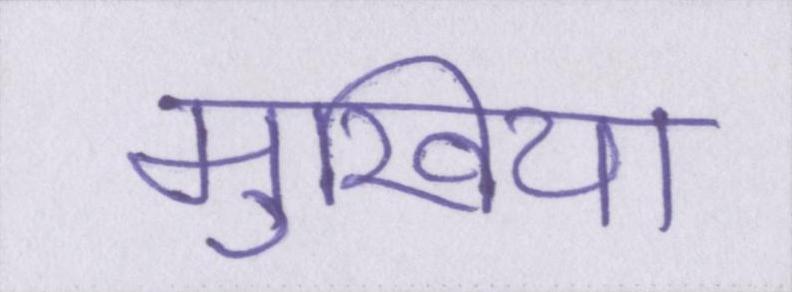
मुखिया